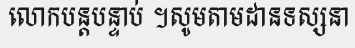
លោកបន្តបន្ទាប់ ។សូមតាមដានទស្សនា